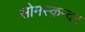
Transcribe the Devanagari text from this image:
सोमस्कन्दर